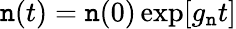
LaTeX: \mathtt{n}(t)=\mathtt{n}(0)\exp[g_{\mathtt{n}}t]